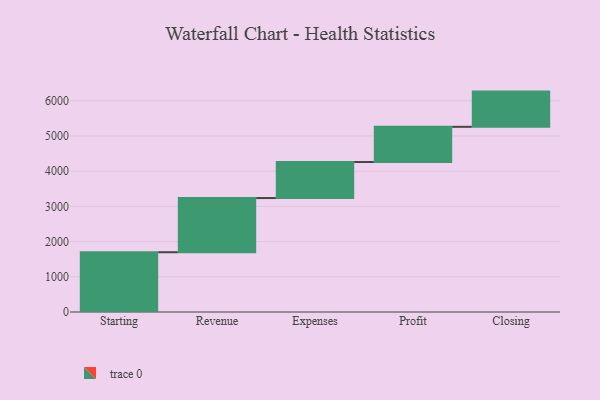
{"axis": {"x": "Step", "y": "Value"}, "legend": [""], "data": [{"x": "Starting", "y": 1697.0, "type": ""}, {"x": "Revenue", "y": 1539.0, "type": ""}, {"x": "Expenses", "y": 1023.0, "type": ""}, {"x": "Profit", "y": 1000, "type": ""}, {"x": "Closing", "y": 1000, "type": ""}]}